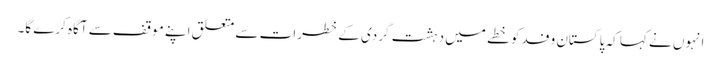
انہوں نے کہا کہ پاکستان وفد کو خطے میں دہشت گردی کے خطرات سے متعلق اپنے موقف سے آگاہ کرے گا۔